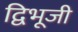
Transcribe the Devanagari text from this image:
द्विभूजी